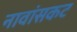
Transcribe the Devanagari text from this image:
नावांसकट